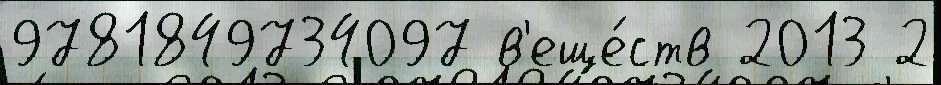
9781849734097 в'еще́ств 2013 2